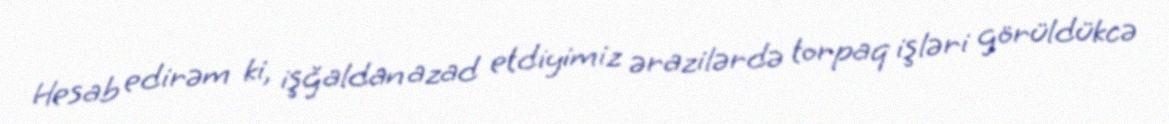
Hesab edirəm ki, işğaldan azad etdiyimiz ərazilərdə torpaq işləri görüldükcə